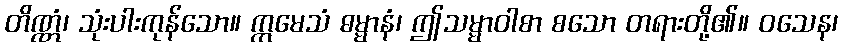
တိဏ္ဏံ၊ သုံးပါးကုန်သော။ ဣမေသံ ဓမ္မာနံ၊ ဤသမ္မာဝါစာ စသော တရားတို့၏။ ဝသေန၊